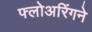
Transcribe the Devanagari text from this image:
फ्लोअरिंगने